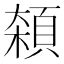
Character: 𱂘